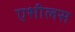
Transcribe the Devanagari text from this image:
एशीलस